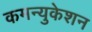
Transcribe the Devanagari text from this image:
कमन्युकेशन